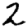
Digit: 2